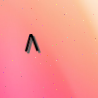
٨